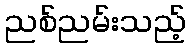
ညစ်ညမ်းသည့်